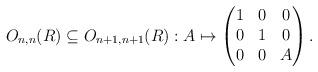
LaTeX: \begin{align*}O_{n,n}(R) \subseteq O_{n+1, n+1}(R) : A \mapsto \begin{pmatrix}1 & 0 & 0 \\0 & 1 & 0 \\0 & 0 & A\end{pmatrix}.\end{align*}